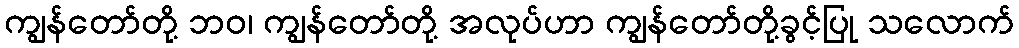
ကျွန်တော်တို့ ဘဝ၊ ကျွန်တော်တို့ အလုပ်ဟာ ကျွန်တော်တို့ခွင့်ပြု သလောက်